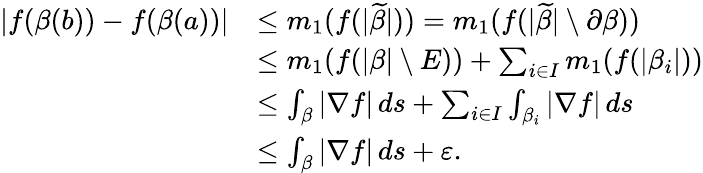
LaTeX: \begin{array}{rl}{|f(\beta(b))-f(\beta(a))|}&{\leq m_{1}(f(|\widetilde\beta|))=m_{1}(f(|\widetilde\beta|\setminus\partial\beta))}\\ &{\leq m_{1}(f(|\beta|\setminus E))+\sum_{i\in I}m_{1}(f(|\beta_{i}|))}\\ &{\leq\int_{\beta}|\nabla f|\, ds+\sum_{i\in I}\int_{\beta_{i}}|\nabla f|\, ds}\\ &{\leq\int_{\beta}|\nabla f|\, ds+\varepsilon.}\end{array}